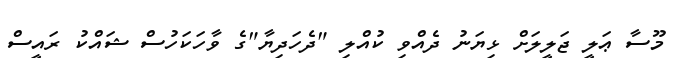
މޫސާ ޢަލީ ޖަލީލަށް ޅިޔަނު ދެއްވި ކުއްލި "ދެހަދިޔާ"ގެ ވާހަކަހުސް ޝައްކު ރައީސް